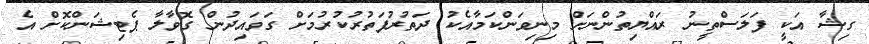
ގިޝާ އަކީ ފަލަސްތީނު ރައްޔިތުންނަށް މިނިވަންކަމާއެކު ދަތުރުފަތުރުކުރުމަށް ގަވައިދުން ގޮވާލާ ޕެޓިޝަންކޮށް އެ